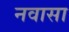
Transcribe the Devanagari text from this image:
नवासा